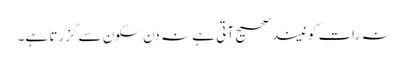
نہ رات کو نیند صحیح آتی ہے نہ دن سکون سے گزرتا ہے۔